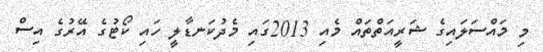
މި މައްސަލައިގެ ޝަރީއަތްތައް މެއި 2013ގައި މެދުކަނޑާލީ ހައި ކޯޓުގެ އޭރުގެ އިސް